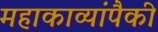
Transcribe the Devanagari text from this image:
महाकाव्यांपैकी